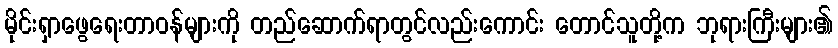
မိုင်းရှာဖွေရေးတာဝန်များကို တည်ဆောက်ရာတွင်လည်းကောင်း တောင်သူတို့က ဘုရားကြီးများ၏